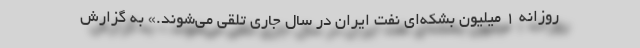
روزانه 1 میلیون بشکه‌ای نفت ایران در سال جاری تلقی می‌شوند.» به گزارش